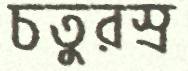
চতুরস্র